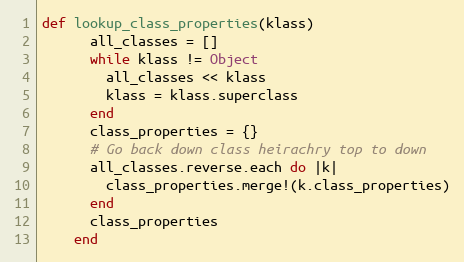
Language: Ruby
def lookup_class_properties(klass)
      all_classes = []
      while klass != Object
        all_classes << klass
        klass = klass.superclass
      end
      class_properties = {}
      # Go back down class heirachry top to down
      all_classes.reverse.each do |k|
        class_properties.merge!(k.class_properties)
      end
      class_properties
    end